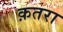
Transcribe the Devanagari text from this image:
क़तरा